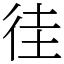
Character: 徍